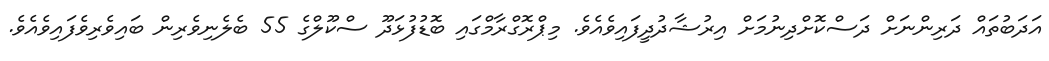
އަދަބުތައް ދަރިންނަށް ދަސްކޮށްދިނުމަށް އިރުޝާދުދީފައިވެއެވެ. މިޕްރޮގްރާމްގައި ބޮޑުފުޅަދޫ ސްކޫލްގެ 55 ބެލެނިވެރިން ބައިވެރިވެފައިވެއެވެ.